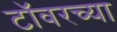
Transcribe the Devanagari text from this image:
टाॅवरच्या